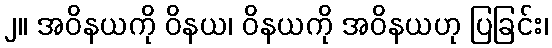
၂။ အဝိနယကို ဝိနယ၊ ဝိနယကို အဝိနယဟု ပြခြင်း၊